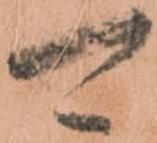
可